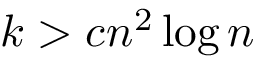
k > c n ^ { 2 } \log n